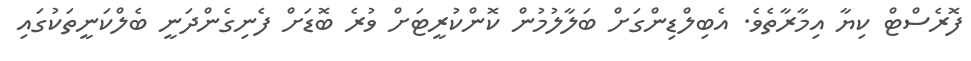
ފޮރެސްޓް ކިޔާ އިމާރާތެވެ. އެބިލްޑިންގަށް ބަލާލުމުން ކޮންކުރީޓަށް ވުރެ ބޮޑަށް ފެނިގެންދަނީ ބެލްކަނީތަކުގައި